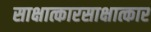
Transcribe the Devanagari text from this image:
साक्षात्कारसाक्षात्कार